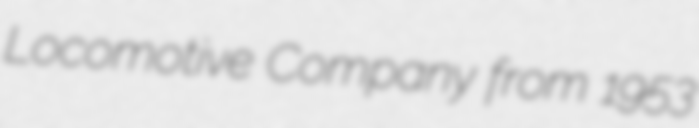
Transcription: Locomotive Company from 1953